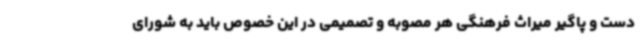
دست و پاگیر میراث فرهنگی هر مصوبه و تصمیمی در این خصوص باید به شورای